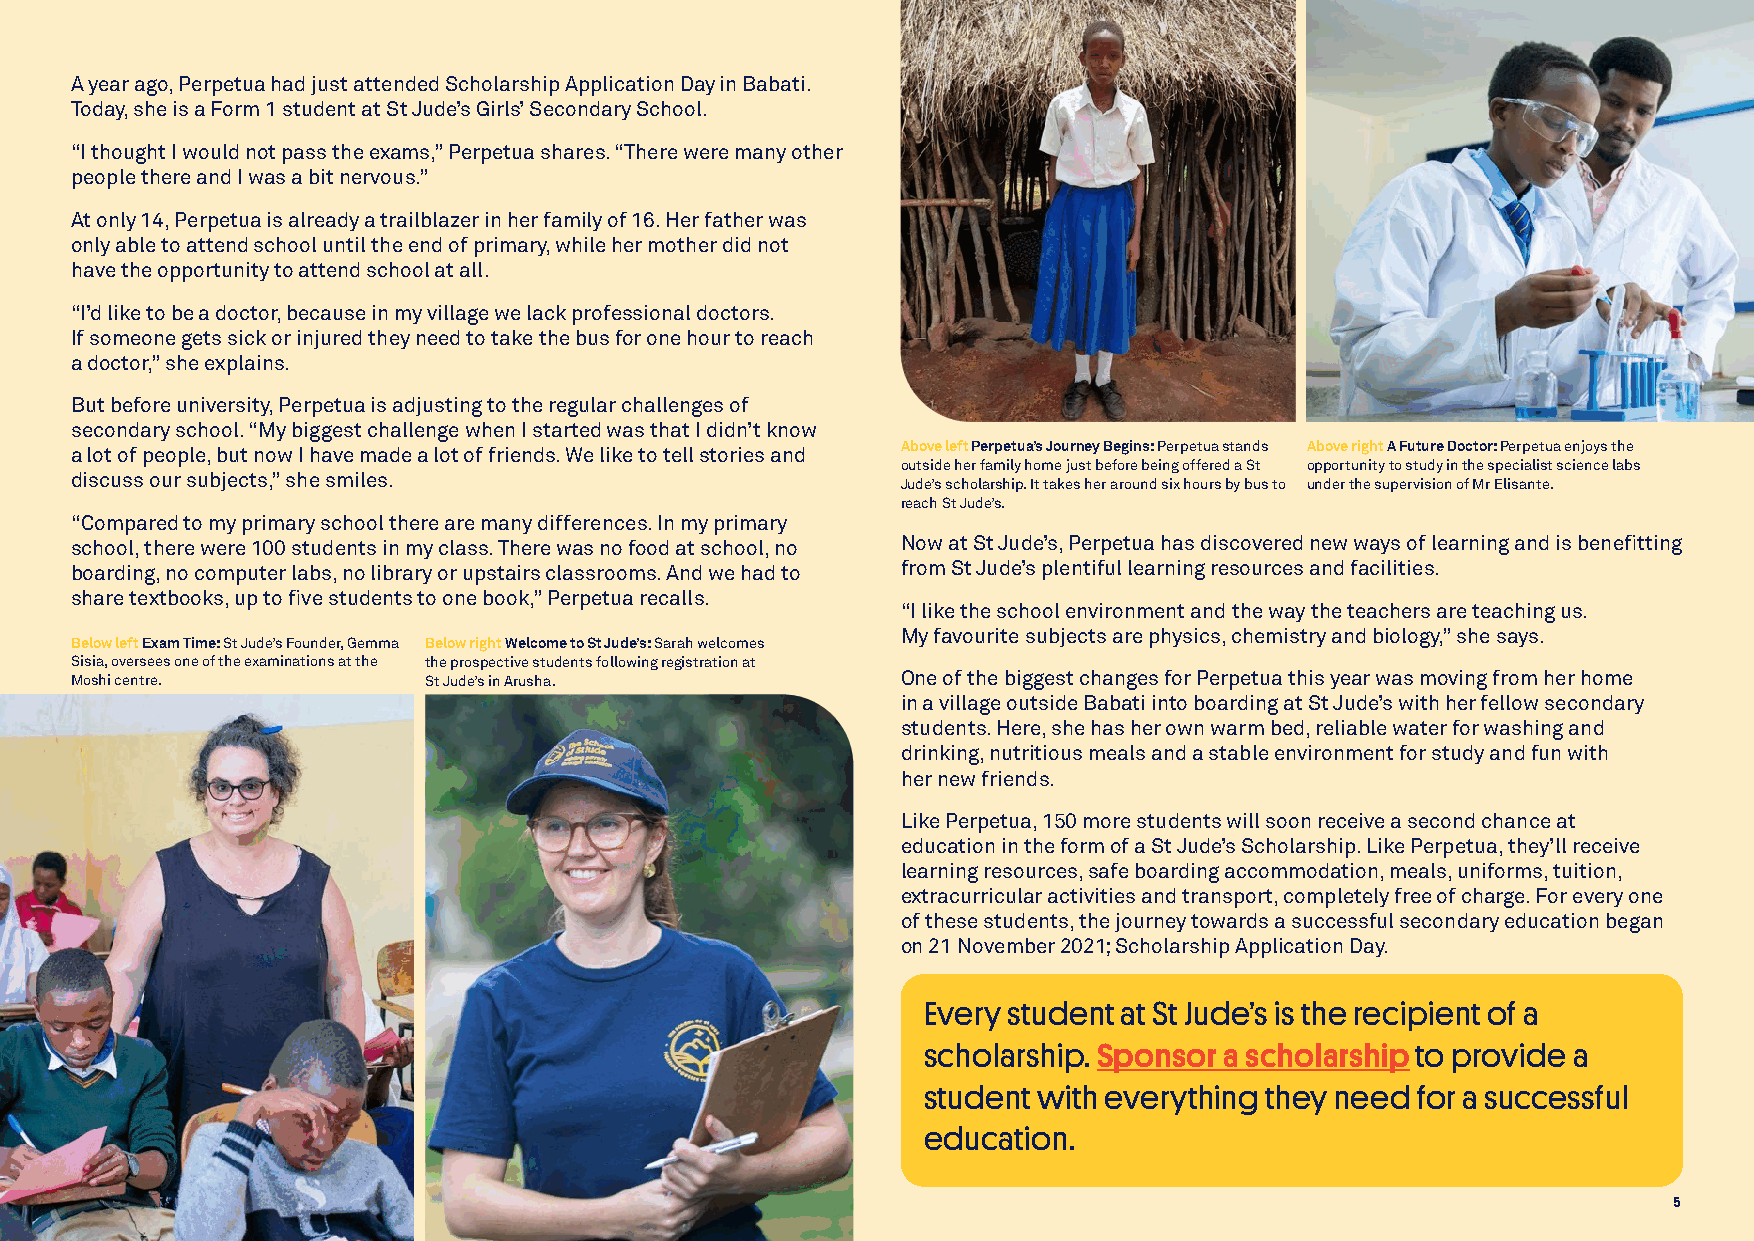
A year ago, Perpetua had just attended Scholarship Application Day in Babati.
 Today, she is a Form 1 student at St Jude’s Girls’ Secondary School.
 “I thought I would not pass the exams,” Perpetua shares. “There were many other
 people there and I was a bit nervous.”
 At only 14, Perpetua is already a trailblazer in her family of 16. Her father was
 only able to attend school until the end of primary, while her mother did not
 have the opportunity to attend school at all.
 “I’d like to be a doctor, because in my village we lack professional doctors.
 If someone gets sick or injured they need to take the bus for one hour to reach
 a doctor,” she explains.
 But before university, Perpetua is adjusting to the regular challenges of
 secondary school. “My biggest challenge when I started was that I didn’t know
 Above left Perpetua’s Journey Begins: Perpetua stands Above right A Future Doctor: Perpetua enjoys the
 a lot of people, but now I have made a lot of friends. We like to tell stories and
 outside her family home just before being offered a St opportunity to study in the specialist science labs
 discuss our subjects,” she smiles.                     Jude’s scholarship. It takes her around six hours by bus to under the supervision of Mr Elisante.
 reach St Jude’s.
 “Compared to my primary school there are many differences. In my primary
 school, there were 100 students in my class. There was no food at school, no Now at St Jude’s, Perpetua has discovered new ways of learning and is benefitting
 boarding, no computer labs, no library or upstairs classrooms. And we had to from St Jude’s plentiful learning resources and facilities.
 share textbooks, up to five students to one book,” Perpetua recalls.
 “I like the school environment and the way the teachers are teaching us.
 My favourite subjects are physics, chemistry and biology,” she says.
 Below left Exam Time: St Jude’s Founder, Gemma Below right Welcome to St Jude’s: Sarah welcomes
 Sisia, oversees one of the examinations at the the prospective students following registration at
 Moshi centre.          St Jude’s in Arusha.            One of the biggest changes for Perpetua this year was moving from her home
 in a village outside Babati into boarding at St Jude’s with her fellow secondary
 students. Here, she has her own warm bed, reliable water for washing and
 drinking, nutritious meals and a stable environment for study and fun with
 her new friends.
 Like Perpetua, 150 more students will soon receive a second chance at
 education in the form of a St Jude’s Scholarship. Like Perpetua, they’ll receive
 learning resources, safe boarding accommodation, meals, uniforms, tuition,
 extracurricular activities and transport, completely free of charge. For every one
 of these students, the journey towards a successful secondary education began
 on 21 November 2021; Scholarship Application Day.
 Every student at St Jude’s is the recipient of a
 scholarship. Sponsor a scholarship to provide a
 student with everything they need for a successful
 education.
 5